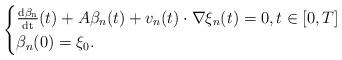
LaTeX: \begin{align*}\begin{cases}\frac{\rm d \beta_n}{{\rm d t}}(t)+ A\beta_n(t) +v_n(t) \cdot \nabla \xi_n(t)= 0, t \in \left[0,T\right]\\\beta_n(0)=\xi_0.\end{cases}\end{align*}